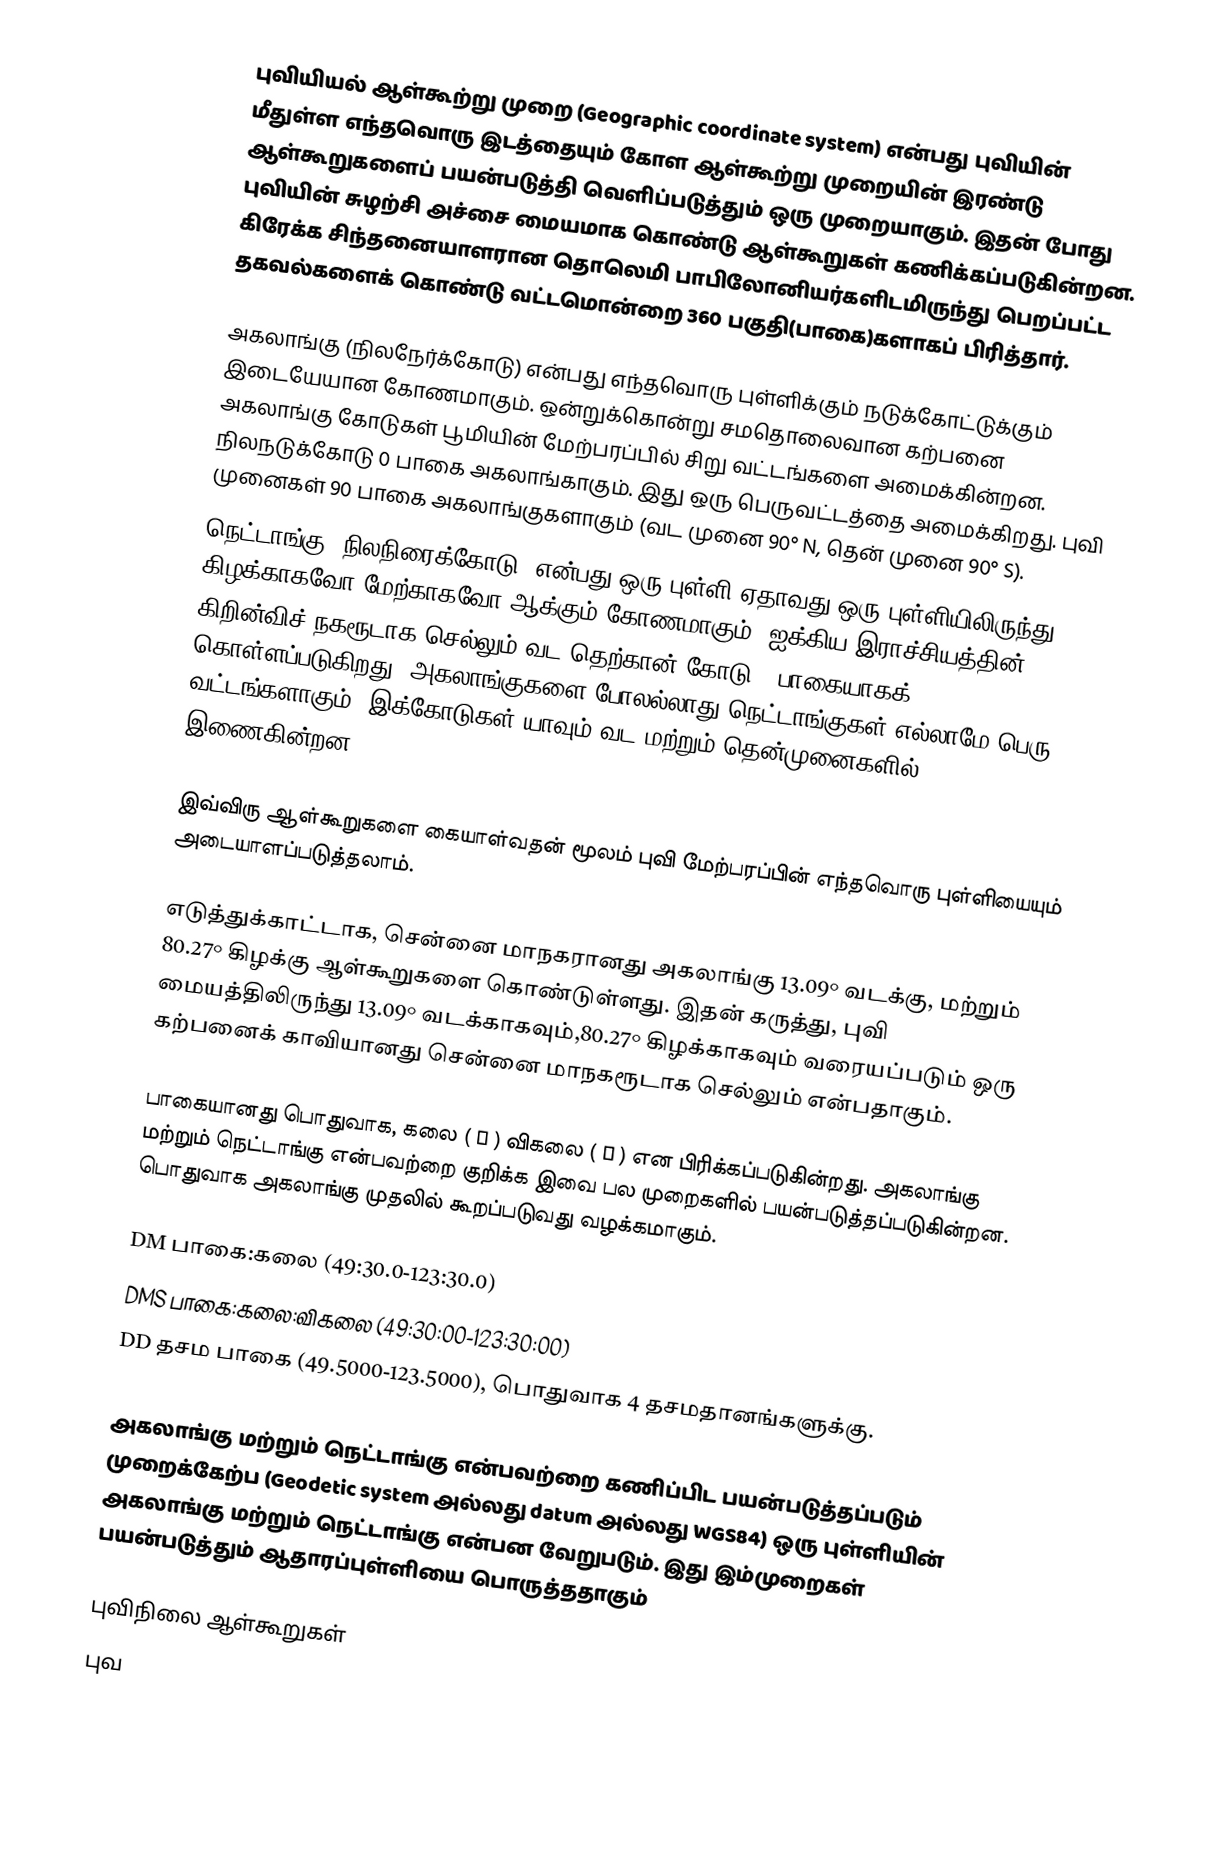
புவியியல் ஆள்கூற்று முறை (Geographic coordinate system) என்பது புவியின் மீதுள்ள எந்தவொரு இடத்தையும் கோள ஆள்கூற்று முறையின் இரண்டு ஆள்கூறுகளைப் பயன்படுத்தி வெளிப்படுத்தும் ஒரு முறையாகும். இதன் போது புவியின் சுழற்சி அச்சை மையமாக கொண்டு ஆள்கூறுகள் கணிக்கப்படுகின்றன. கிரேக்க சிந்தனையாளரான தொலெமி பாபிலோனியர்களிடமிருந்து பெறப்பட்ட தகவல்களைக் கொண்டு வட்டமொன்றை 360 பகுதி(பாகை)களாகப் பிரித்தார்.

 அகலாங்கு (நிலநேர்க்கோடு) என்பது எந்தவொரு புள்ளிக்கும் நடுக்கோட்டுக்கும் இடையேயான கோணமாகும். ஒன்றுக்கொன்று சமதொலைவான கற்பனை அகலாங்கு கோடுகள் பூமியின் மேற்பரப்பில் சிறு வட்டங்களை அமைக்கின்றன. நிலநடுக்கோடு 0 பாகை அகலாங்காகும். இது ஒரு பெருவட்டத்தை அமைக்கிறது. புவி முனைகள் 90 பாகை அகலாங்குகளாகும் (வட முனை 90° N, தென் முனை 90° S).
 நெட்டாங்கு (நிலநிரைக்கோடு) என்பது ஒரு புள்ளி ஏதாவது ஒரு புள்ளியிலிருந்து கிழக்காகவோ மேற்காகவோ ஆக்கும் கோணமாகும்: ஐக்கிய இராச்சியத்தின் கிறின்விச் நகரூடாக செல்லும் வட தெற்கான் கோடு 0 பாகையாகக் கொள்ளப்படுகிறது. அகலாங்குகளை போலல்லாது நெட்டாங்குகள் எல்லாமே பெரு வட்டங்களாகும். இக்கோடுகள் யாவும் வட மற்றும் தென்முனைகளில் இணைகின்றன.

இவ்விரு ஆள்கூறுகளை கையாள்வதன் மூலம் புவி மேற்பரப்பின் எந்தவொரு புள்ளியையும் அடையாளப்படுத்தலாம்.

எடுத்துக்காட்டாக, சென்னை மாநகரானது அகலாங்கு 13.09° வடக்கு, மற்றும் 80.27° கிழக்கு ஆள்கூறுகளை கொண்டுள்ளது. இதன் கருத்து, புவி மையத்திலிருந்து 13.09° வடக்காகவும்,80.27° கிழக்காகவும் வரையப்படும் ஒரு கற்பனைக் காவியானது சென்னை மாநகரூடாக செல்லும் என்பதாகும்.

பாகையானது பொதுவாக, கலை ( ′ ) விகலை ( ″ ) என பிரிக்கப்படுகின்றது. அகலாங்கு மற்றும் நெட்டாங்கு என்பவற்றை குறிக்க இவை பல முறைகளில் பயன்படுத்தப்படுகின்றன. பொதுவாக அகலாங்கு முதலில் கூறப்படுவது வழக்கமாகும்.

 DM பாகை:கலை (49:30.0-123:30.0)
 DMS பாகை:கலை:விகலை (49:30:00-123:30:00)
 DD தசம பாகை (49.5000-123.5000), பொதுவாக 4 தசமதானங்களுக்கு.

அகலாங்கு மற்றும் நெட்டாங்கு என்பவற்றை கணிப்பிட பயன்படுத்தப்படும் முறைக்கேற்ப (Geodetic system அல்லது datum அல்லது WGS84) ஒரு புள்ளியின் அகலாங்கு மற்றும் நெட்டாங்கு என்பன வேறுபடும். இது இம்முறைகள் பயன்படுத்தும் ஆதாரப்புள்ளியை பொருத்ததாகும்

புவிநிலை ஆள்கூறுகள்
புவ